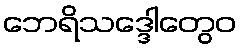
ဘေရိသဒ္ဒေါတွေဝ